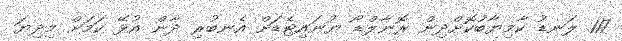
117 ލަނޑު ކާމިޔާބުކޮށްދިން ރޮނާލްޑޯ ޔުނައިޓެޑަށް އެނބުރި ދާން އުޅޭ ކަމަށް މިދިޔަ